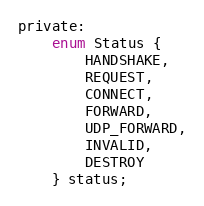
Language: C
private:
    enum Status {
        HANDSHAKE,
        REQUEST,
        CONNECT,
        FORWARD,
        UDP_FORWARD,
        INVALID,
        DESTROY
    } status;